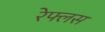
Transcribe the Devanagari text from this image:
रेफ्लस